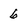
Character: 6